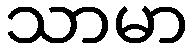
သာမာ